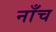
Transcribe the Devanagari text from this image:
नाँच